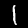
Label: 1